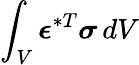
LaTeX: \int_{V}{\boldsymbol{\epsilon}}^{*T}{\boldsymbol{\sigma}}\, dV